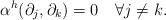
LaTeX: \begin{align*} \alpha^h(\partial_j,\partial_k)=0\quad\forall j\neq k.\end{align*}